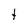
Character: t